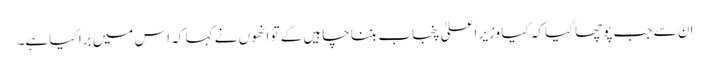
ان سے جب پوچھا گیا کہ کیا وزیر اعلیٰ پنجاب بننا چاہیں گے تو انھوں نے کہا کہ اس میں برا کیا ہے۔